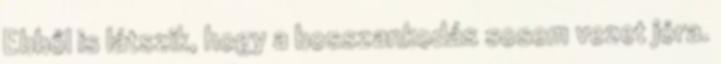
Ebből is látszik, hogy a bosszankodás sosem vezet jóra.